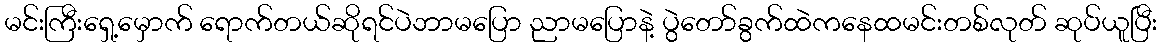
မင်းကြီးရှေ့မှောက် ရောက်တယ်ဆိုရင်ပဲဘာမပြော ညာမပြောနဲ့ ပွဲတော်ခွက်ထဲကနေထမင်းတစ်လုတ် ဆုပ်ယူပြီး